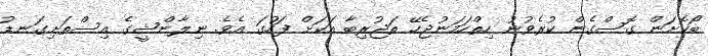
ބޯކޮށަން ގޮސްގެން ކުރެވުނު ހިތްހަމަނުޖެހޭ ތަޖުރިބާ އަކަށް ފަހުގަ އެވެ. ނިލާންޝީގެ އިސްތަށިގަނޑު